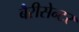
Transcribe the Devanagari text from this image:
बैरीसेन्टर